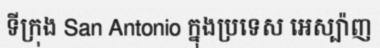
ទីក្រុង San Antonio ក្នុងប្រទេស អេស្ប៉ាញ